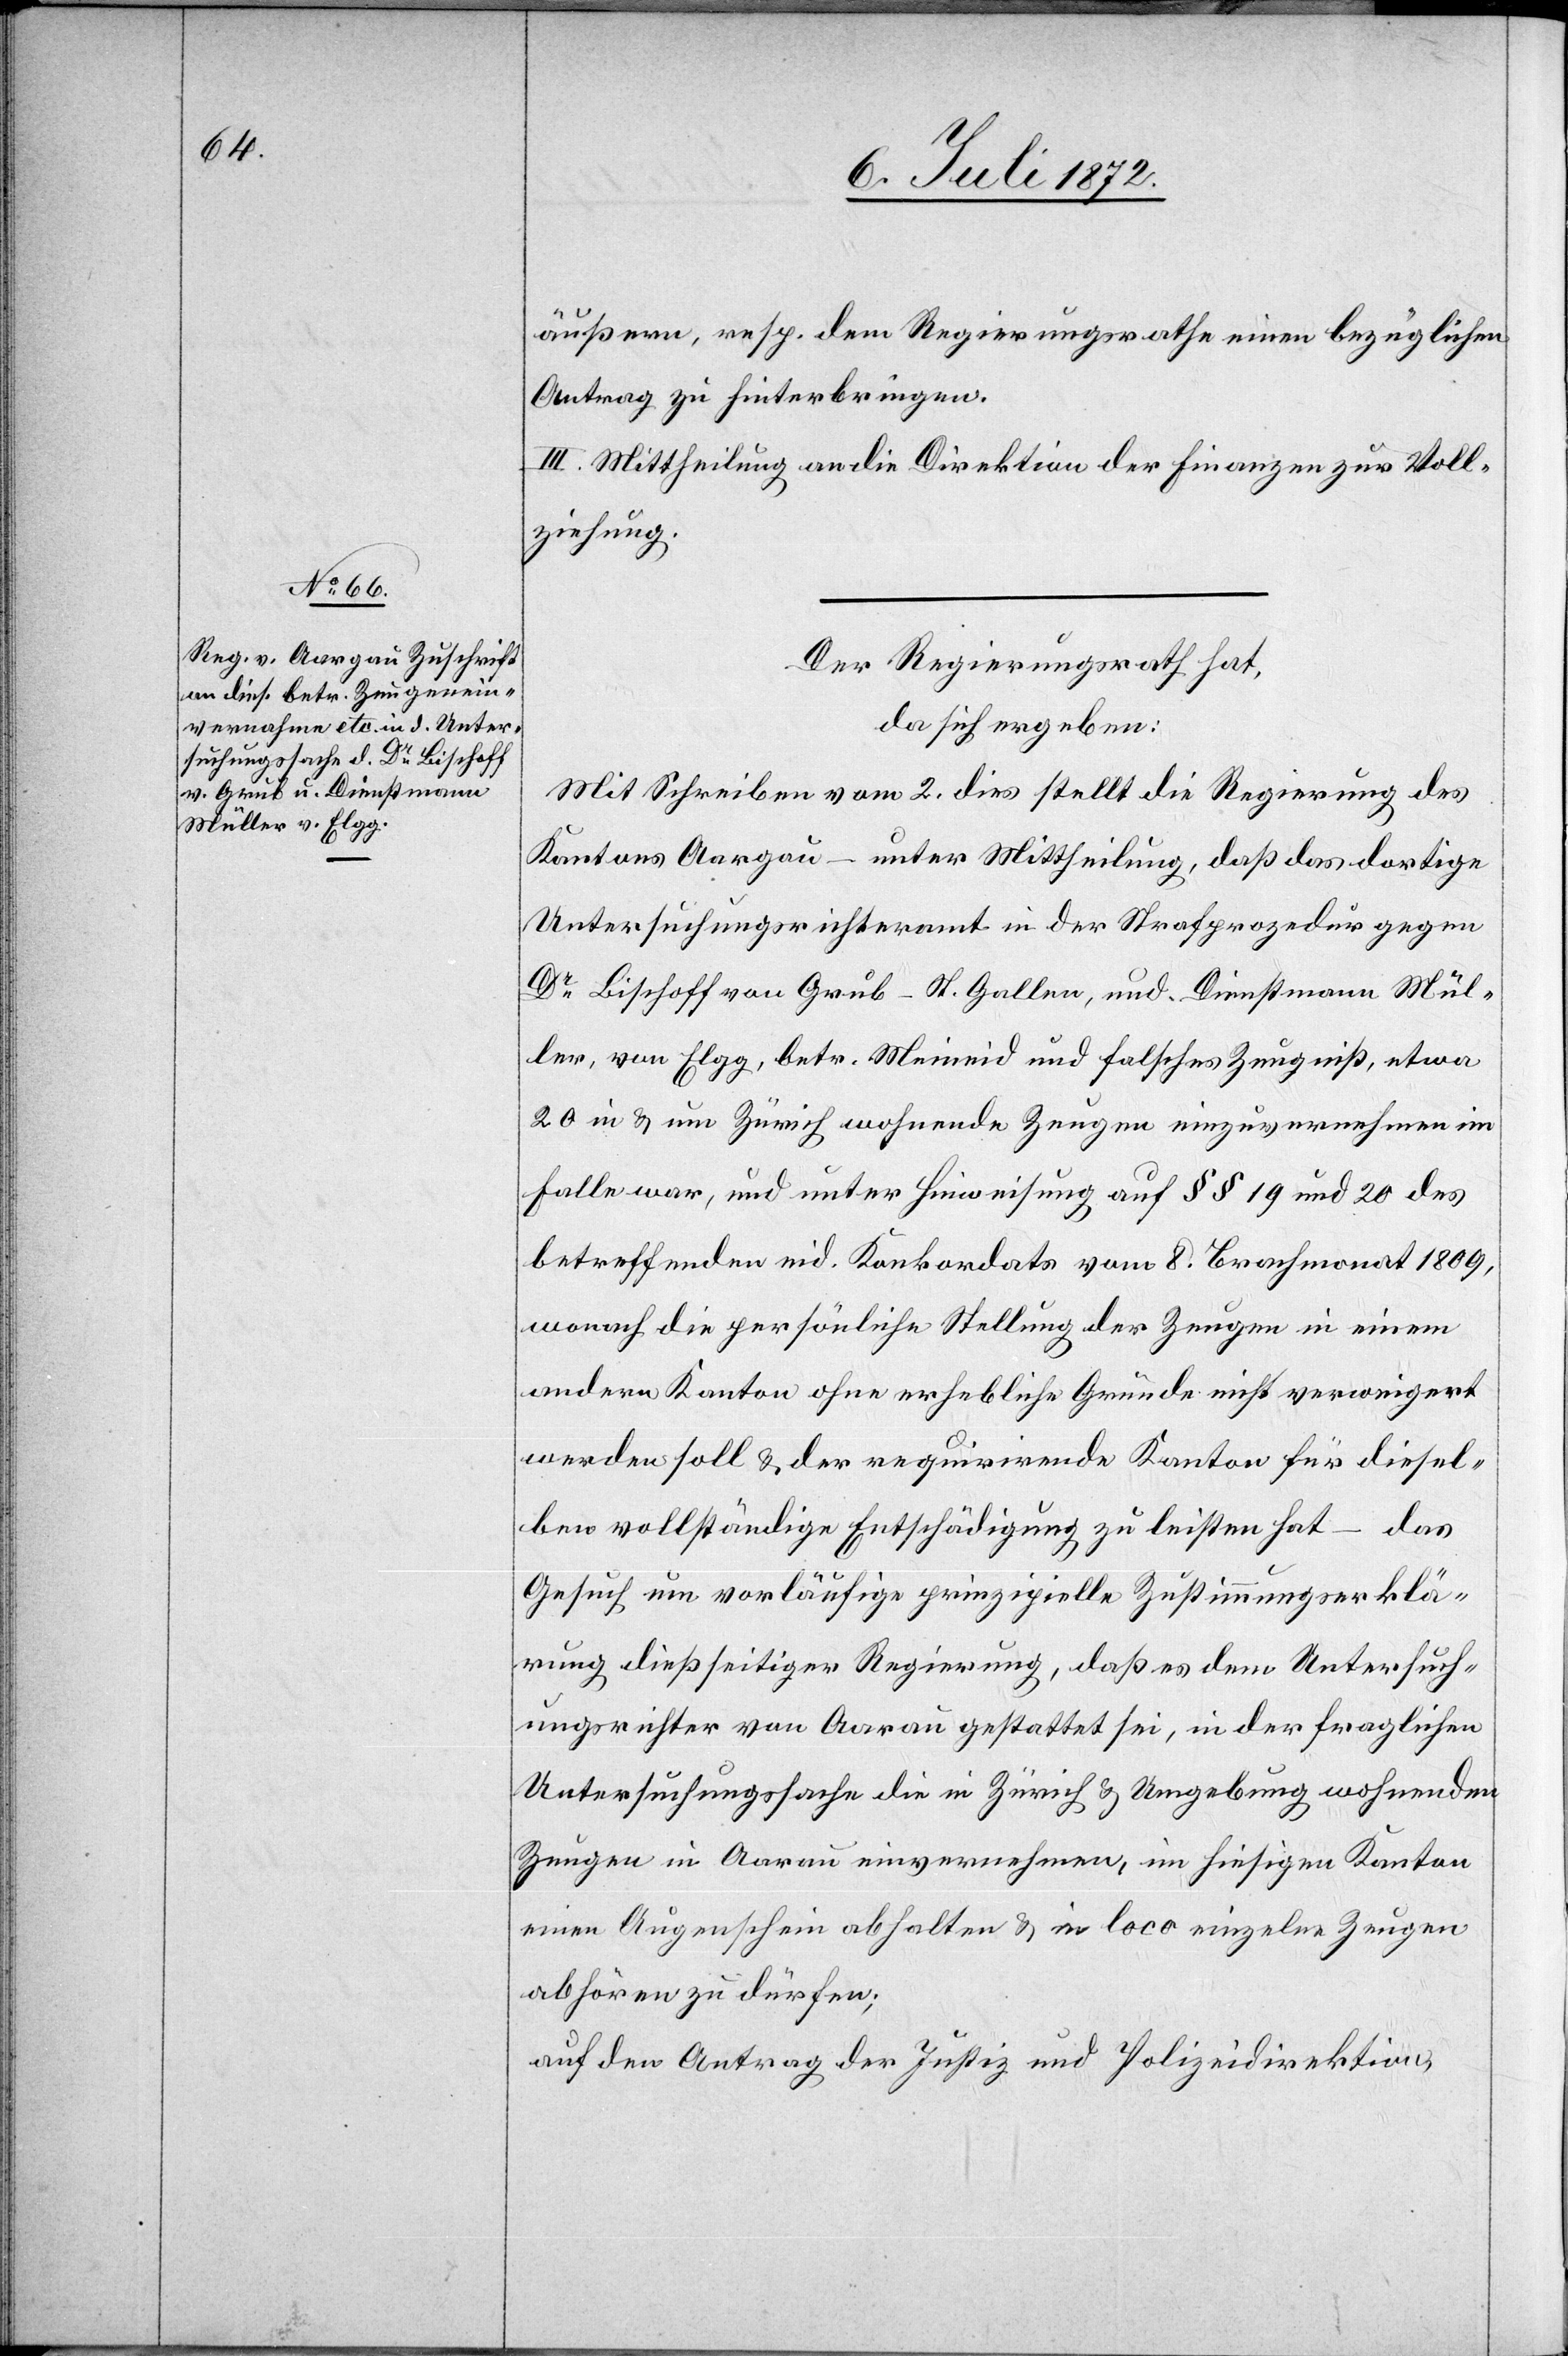
9. Juli 1872.]
äußern, resp. dem Regierungsrathe einen bezüglichen
Antrag zu hinterbringen.
III. Mittheilung an die Direktion der Finanzen zur Voll¬
ziehung.
Der Regierungsrath hat,
da sich ergeben:
Mit Schreiben vom 2. dies stellt die Regierung des
Kantons Aargau – unter Mittheilung, daß das dortige
Untersuchungsrichteramt in der Strafprozedur gegen
Dr Bischoff von Grub-St. Gallen, und Dienstmann Mül¬
ler, von Elgg, betr. Meineid und falsches Zeugniß, etwa
20 in u. um Zürich wohnende Zeugen einzuvernehmen im
Falle war, und unter Hinweisung auf §§ 10 und 20 des
betreffenden eid. Konkordats vom 8. Brachmonat 1809,
wonach die persönliche Stellung der Zeugen in einem
andern Kanton ohne erhebliche Gründe nicht verweigert
werden soll u. der requirirende Kanton für diesel¬
ben vollständige Entschädigung zu leisten hat – das
Gesuch um vorläufige prinzipielle Zustimmungserklä¬
rung dießseitiger Regierung, daß es dem Untersuch¬
ungsrichter von Aarau gestattet sei, in der fraglichen
Untersuchungssache die in Zürich u. Umgebung wohnenden
Zeugen in Aarau einvernehmen, im hiesigen Kanton
einen Augenschein abhalten u. in loco einzelne Zeugen
abhören zu dürfen;
auf den Antrag der Justiz- u. Polizeidirektion